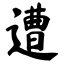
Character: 遭